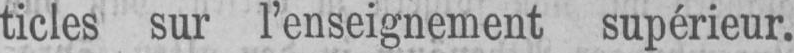
ticles sur l’enseignement supérieur.